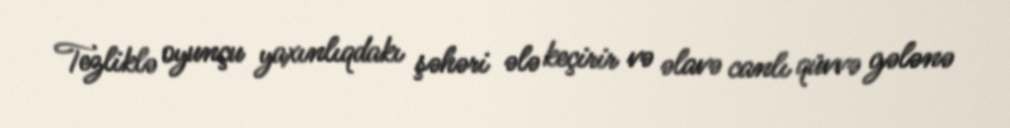
Tezliklə oyunçu yaxınlıqdakı şəhəri ələ keçirir və əlavə canlı qüvvə gələnə